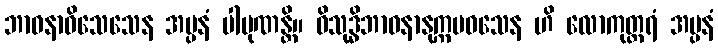
ဘာဝနာဝိသေသေန အပ္ပနံ ပါပုဏန္တိ။ ဝိသုဒ္ဓိဘာဝနာနုက္ကမဝသေန ဟိ လောကုတ္တရံ အပ္ပနံ